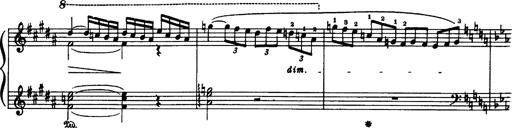
Title: Danza sacra e duetto finale dâ€™Aida
Composer: Franz Liszt